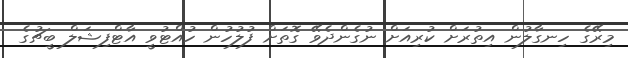
މިރޭގެ ހިނގާލުން އިތުރަށް ކުރިއަށް ނުގެންދެވޭ ގޮތަށްް ފުލުހުން ހުއްޓުވީ އާޓްފިޝަލް ބީޗުގެ